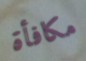
مكافأة